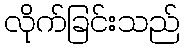
လိုက်ခြင်းသည်